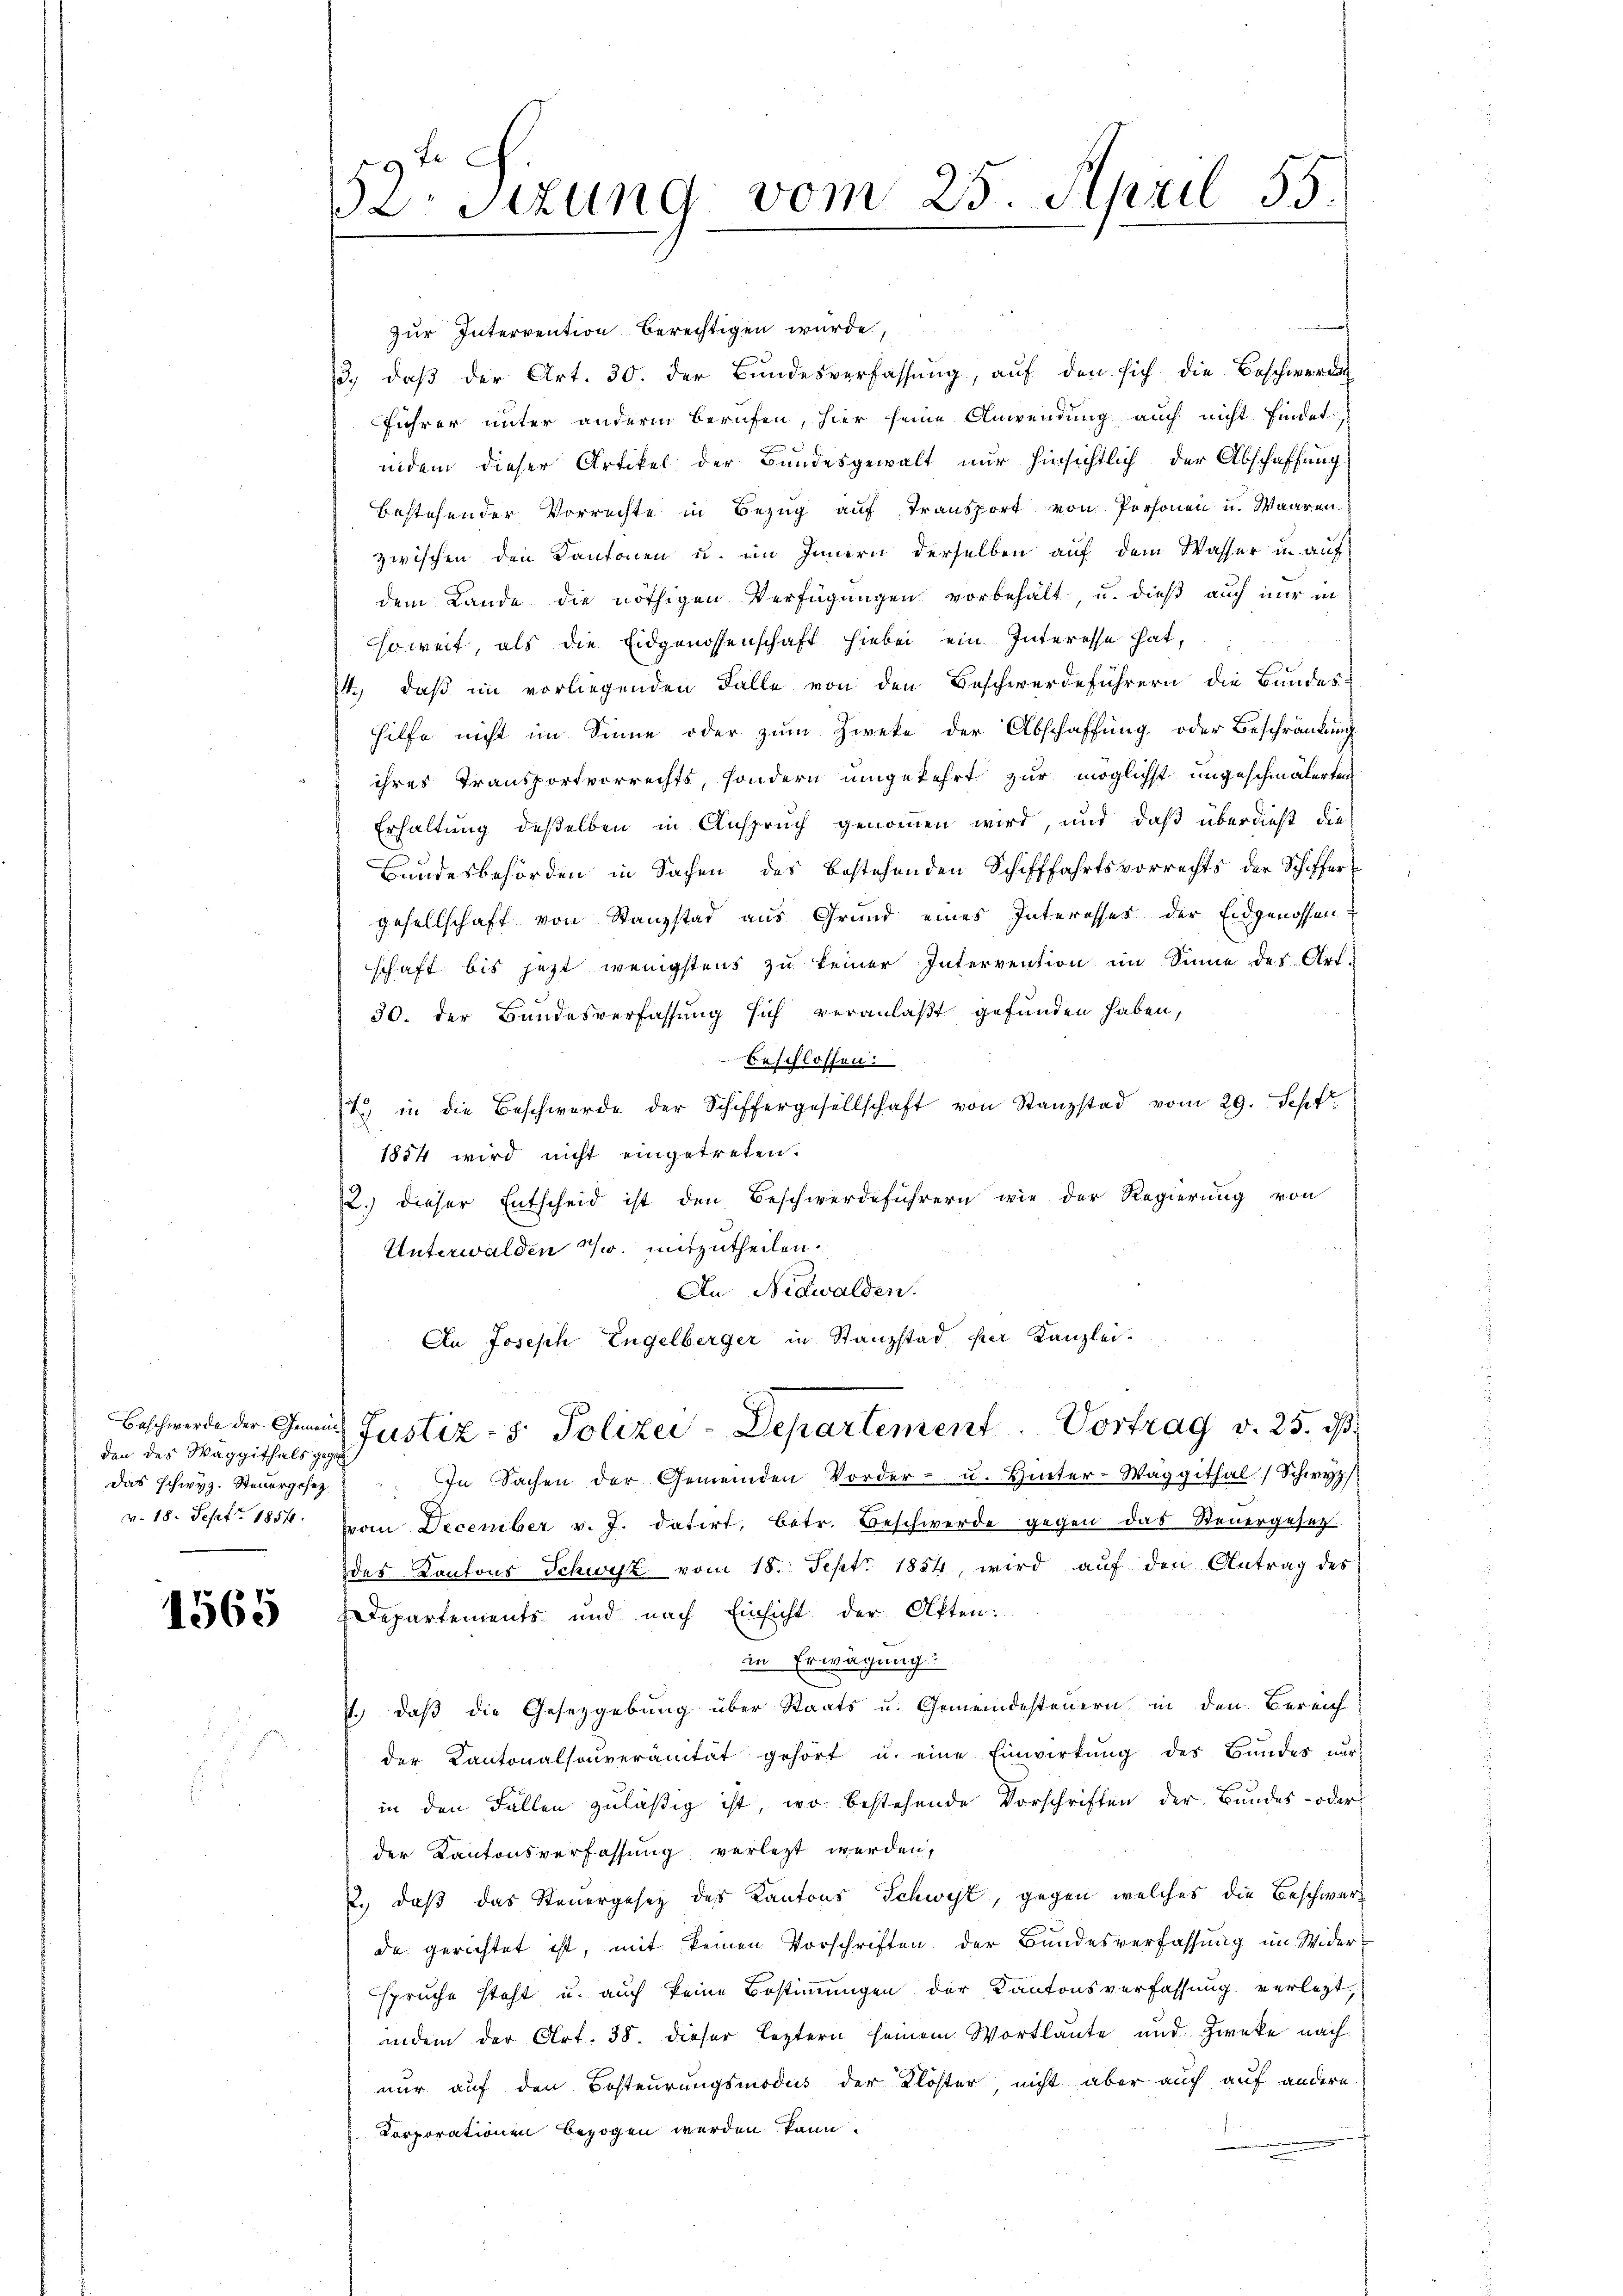
den des Waggithals gege
v. 18. Sept. 1854.

1565

52. Sizung vom 25. April 155.

even
zur Intervention berechtigen wurde,
3., daβ der Art. 30. der Bundesverfassŭng, aŭf den sich die Beschwerde
führer unter anderm Berufen, hier seine Anwendung auch nicht findet,
indem dieser Artikel der Bundesgewalt nur hinsichtlich der Abschaffung
bestehender Vorrechte in Bezug auf Transport von Personen u. Waaren
zwischen den Kantonen u. im Innern derselben auf dem Wasser in auf
dem Lande die nöthigen Verfügungen vorbehalt, u. dieß auch nur in
h
soweit, als die Eidgenossenschaft hiebei ein Interesse hat,
4., daß im vorliegenden Falle von den Beschwerdeführern die Bundes-
hilfe nicht im Sinne oder zum Zweke der Abschaffung oder Beschränkung
ihres Transportverrechts, sondern umgekehrt zur möglichst ungeschmälerten
Erhaltung deßelben in Anspruch genommen wird, und daß überdieß die
Bundesbehörden in Sachen des bestehenden Schifffahrtsvorrechts der Schiffert
gesellschaft von Stanzstad aus Grund eines Interesses der Eidgenossen
schaft bis jetzt wenigstens zu keiner Intervention im Sinne des Art.
30. der Bundesverfassung sich veranlaßt gefunden haben,
beschlossen:
t. in die Beschwerde der Schiffergesellschaft von Stanzstad vom 29. Sept.
1884 wird nicht eingetreten.
2.) dieser Entscheid ist den Beschwerdeführern wie der Regierung von
Unterwalden w. mitzutheilen.
In Nidwalden.
An Joseph Engelberger in Stanzstad, per Kanzlei-
Beschwerde der Gemütz Justiz- & Polizei-Departement          Portrag v. 25. ds.
das schwyz. Steŭergesez   In Sachen der Gemeinden Vorder- u. Hinter-Waggithal) Schwyz
vom December v. J. datirt, betr. Beschwerde gegen das Steuergesetz
des Kantons Schwyz vom 18. Sept. 1884, wird auf den Antrag des
Departements und nach Einsicht der Otten:
in Erwägung
st.) daß die Gesetzgebung über Staats u. Gemeindesteuern in den Bereich
der Kantonalsoŭveranität gehört u. eine Einwirkŭng des Bundes nur
in den Fällen zuläßig ist, wo bestehende Vorschriften der Bundes- oder
der Kantonsverfassung verletzt werden,
2., daß das Steuergesetz des Kantons Schwyz, gegen welches die Beschwerde gerichtet ist, mit keinen Vorschriften der Bundesverfassung im Widerspruche steht u. auch keine Bestimmungen der Kantonsverfassung verletzt,
indern der Art. 38. dieser leztern seinem Wortlaute, und Zweke nach
nur auf den Besteurungsmodus der Klöster, nicht aber auch auf andere
Korporationen bezogen werden kann.